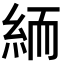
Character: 𥿶